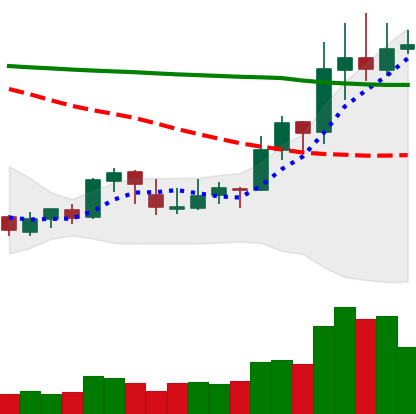
Ticker: XLM-USD
Chart end date: 2020-01-21
Forward return: -6.165%
Label: down_5_7